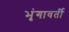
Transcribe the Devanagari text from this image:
भृंगावर्ती